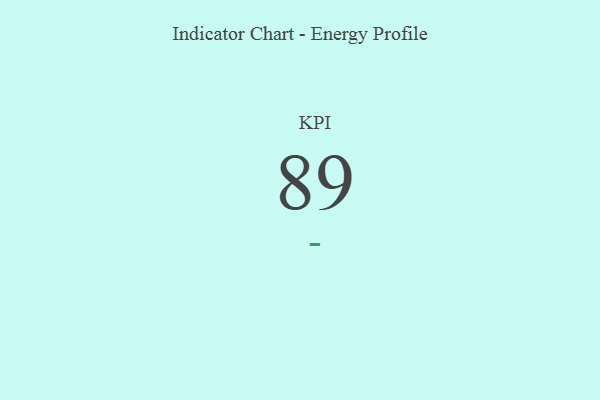
{"axis": {"x": "KPI", "y": "Value"}, "legend": [""], "data": [{"x": "KPI", "y": 89, "type": ""}]}